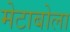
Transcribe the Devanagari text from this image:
मेटाबोला